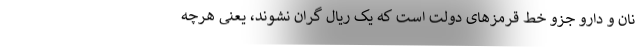
نان و دارو جزو خط قرمزهای دولت است که یک ریال گران نشوند، یعنی هرچه